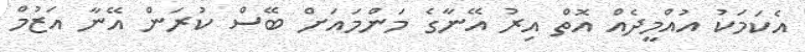
އެކަމަކު އުއްމީދެއް އޮތް އިރު އޭނާގެ މަންމައަށް ބޭސް ކުރަން އޭނާ އަޒުމް